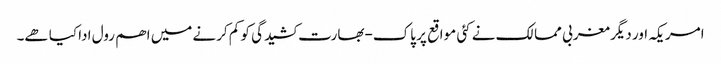
امریکہ اور دیگر مغربی ممالک نے کئی مواقع پر پاک-بھارت کشیدگی کو کم کرنے میں اھم رول ادا کیا ھے۔